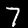
Label: 7